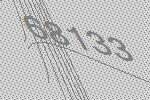
68133